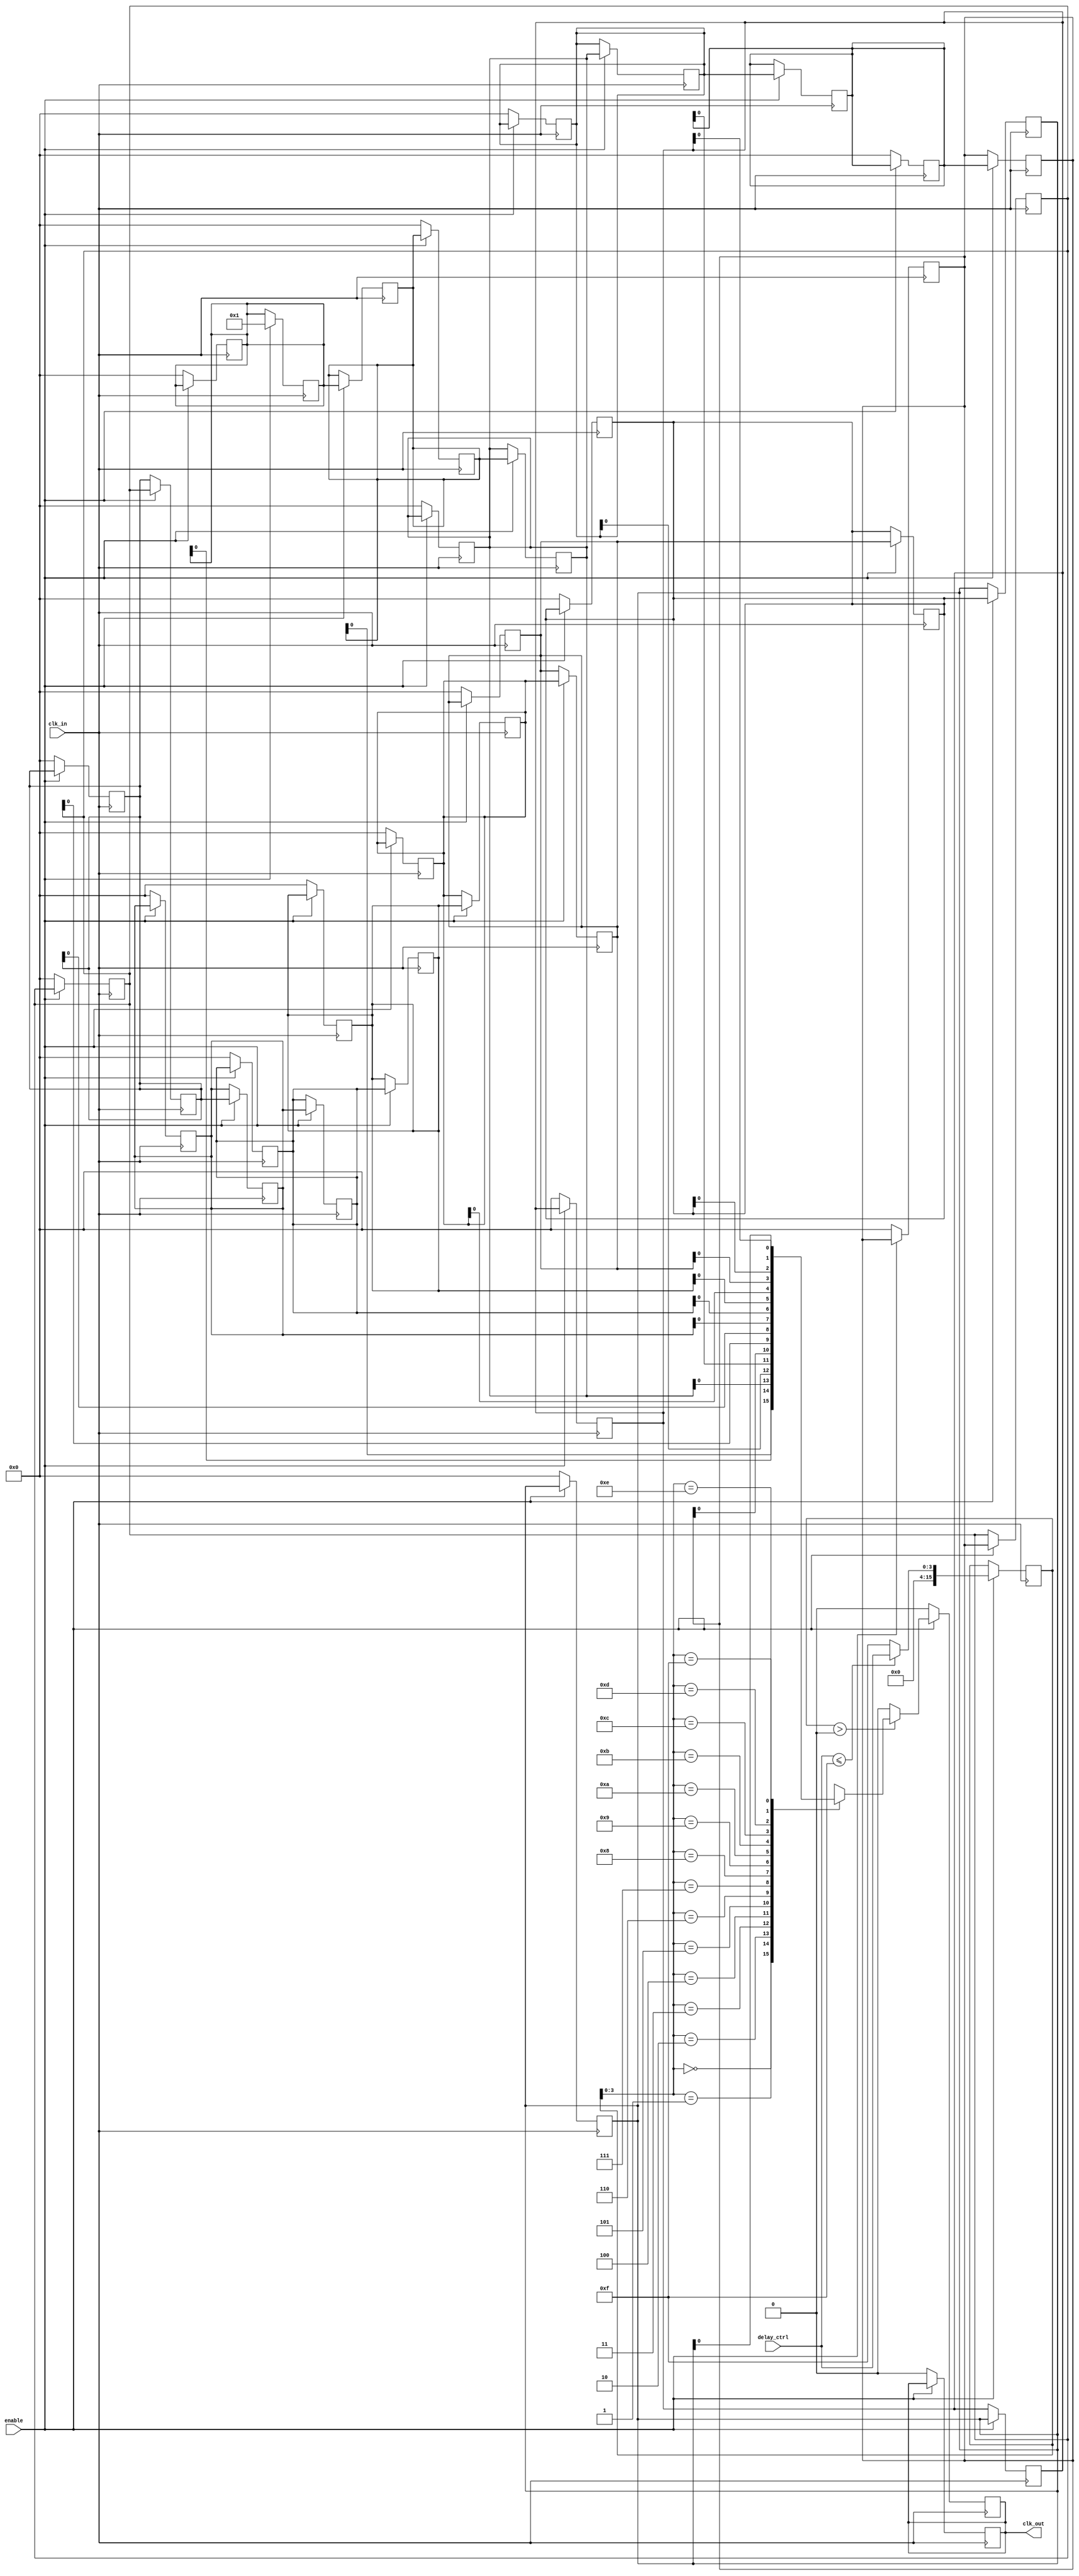
module delay_clock_buffer #(
    parameter DELAY_WIDTH = 4, // Number of bits for delay control
    parameter MAX_DELAY = 15   // Maximum delay in clock cycles
)(
    input wire clk_in,          // Input clock signal
    input wire [DELAY_WIDTH-1:0] delay_ctrl, // Delay control input
    input wire enable,          // Enable signal
    output reg clk_out          // Output delayed clock signal
);

    // Internal signals
    reg [MAX_DELAY:0] delay_line [0:MAX_DELAY]; // Delay line array
    reg [MAX_DELAY:0] delay_count;               // Counter for delay
    integer i;

    // Initialize the delay line
    initial begin
        for (i = 0; i <= MAX_DELAY; i = i + 1) begin
            delay_line[i] = 0;
        end
        clk_out = 0; // Initialize output clock
    end

    // Clock process
    always @(posedge clk_in) begin
        if (enable) begin
            // Shift the delay line
            for (i = MAX_DELAY; i > 0; i = i - 1) begin
                delay_line[i] <= delay_line[i-1];
            end
            // Store the current clock state in the delay line
            delay_line[0] <= 1'b1; // Store the rising edge

            // Update the delay count based on the control input
            if (delay_ctrl <= MAX_DELAY) begin
                delay_count <= delay_ctrl;
            end else begin
                delay_count <= MAX_DELAY; // Cap at MAX_DELAY
            end
            
            // Update output clock based on delay count
            if (delay_count > 0) begin
                clk_out <= delay_line[delay_count];
            end else begin
                clk_out <= 0; // If no delay, output low
            end
        end else begin
            clk_out <= 0; // If not enabled, output low
        end
    end

    // Reset the delay line on reset signal (optional)
    always @(negedge clk_in) begin
        if (!enable) begin
            for (i = 0; i <= MAX_DELAY; i = i + 1) begin
                delay_line[i] <= 0;
            end
            clk_out <= 0; // Reset output clock
        end
    end

endmodule